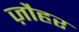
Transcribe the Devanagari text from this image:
ज़ौहर